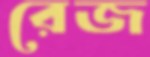
রেজ